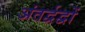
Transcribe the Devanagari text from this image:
अंतर्द्वद्वों